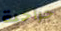
جراحية